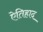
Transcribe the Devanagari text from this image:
ऐतिहाद